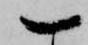
一